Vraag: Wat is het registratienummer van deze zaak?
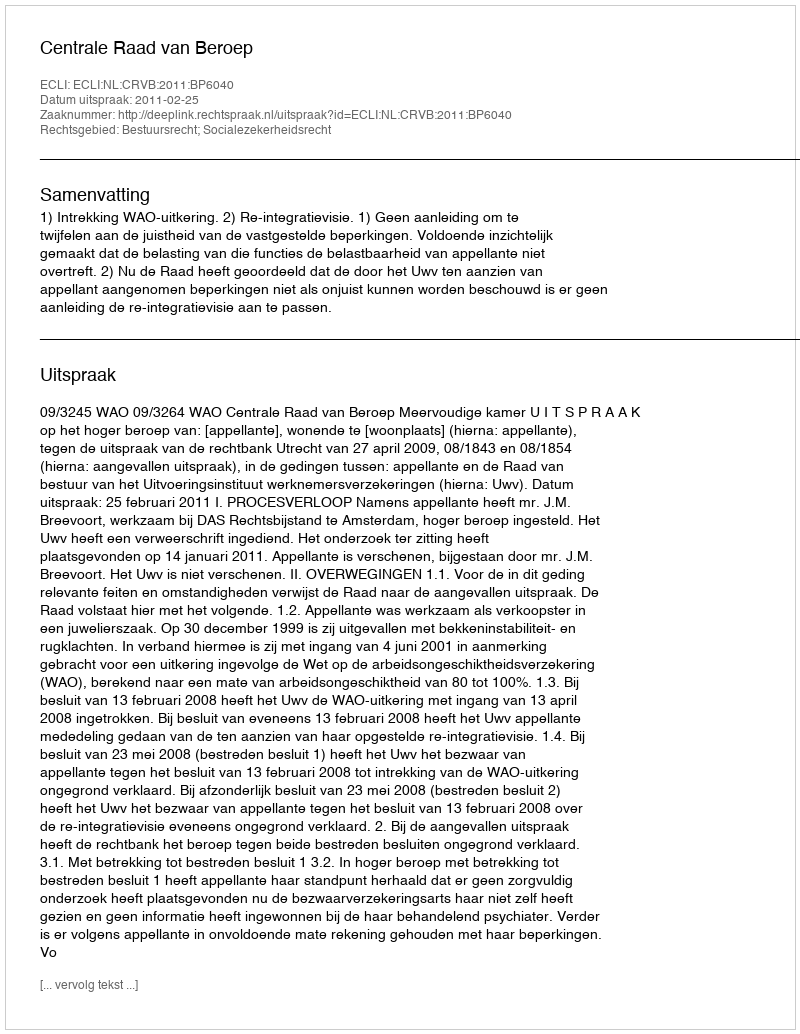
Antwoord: http://deeplink.rechtspraak.nl/uitspraak?id=ECLI:NL:CRVB:2011:BP6040